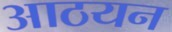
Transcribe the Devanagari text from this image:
आठयन